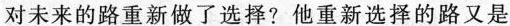
对未来的路重新做了选择?他重新选择的路又是